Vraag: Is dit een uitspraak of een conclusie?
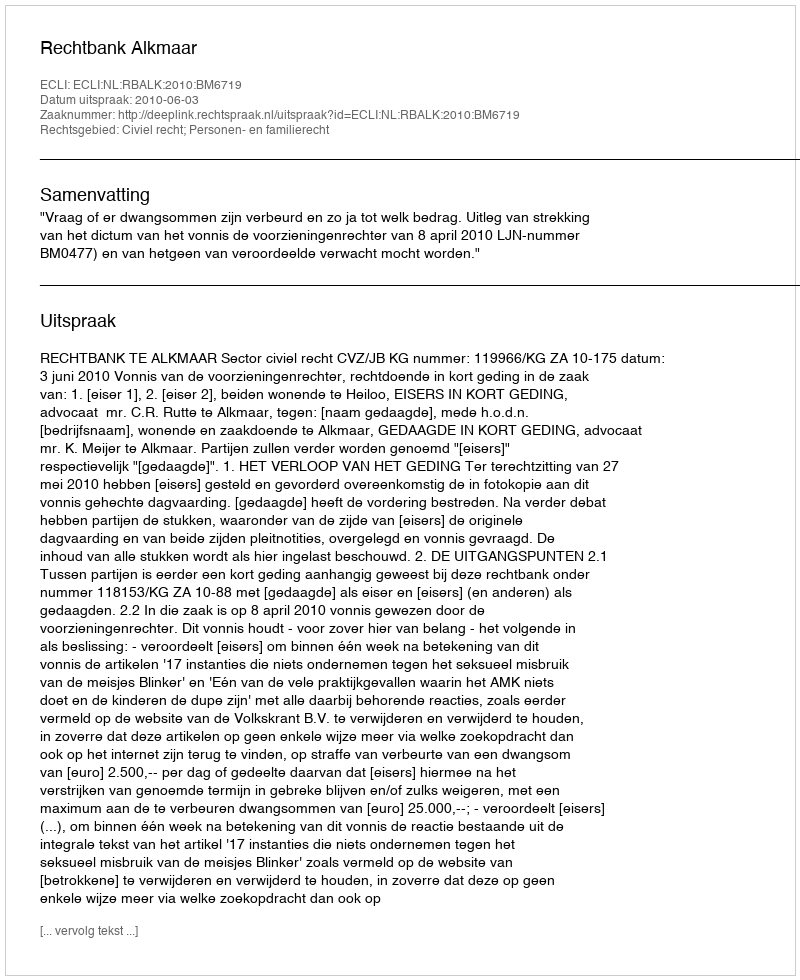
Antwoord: Uitspraak